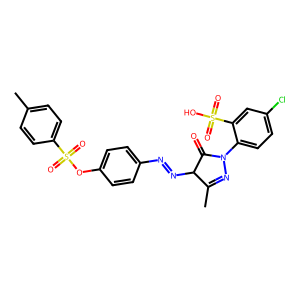
SMILES: CC1=NN(c2ccc(Cl)cc2S(=O)(=O)O)C(=O)C1N=Nc1ccc(OS(=O)(=O)c2ccc(C)cc2)cc1
Inhibits HIV replication: Yes